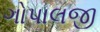
ગોપાલજી